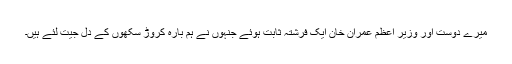
میرے دوست اور وزیر اعظم عمران خان ایک فرشتہ ثابت ہوئے جنہوں نے ہم بارہ کروڑ سکھوں کے دل جیت لئے ہیں۔